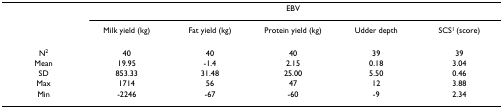
|  | <COLSPAN=5> EBV |
 |  | Milk yield (kg) | Fat yield (kg) | Protein yield (kg) | Udder depth | SCS1 (score) |
 | --- | --- | --- | --- | --- | --- |
 | N2 | 40 | 40 | 40 | 39 | 39 |
 | Mean | 19.95 | -1.4 | 2.15 | 0.18 | 3.04 |
 | SD | 853.33 | 31.48 | 25.00 | 5.50 | 0.46 |
 | Max | 1714 | 56 | 47 | 12 | 3.88 |
 | Min | -2246 | -67 | -60 | -9 | 2.34 |